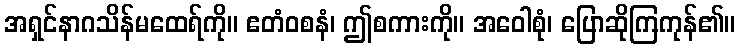
အရှင်နာဂသိန်မထေရ်ကို။ ဧတံဝစနံ၊ ဤစကားကို။ အဝေါစုံ၊ ပြောဆိုကြကုန်၏။